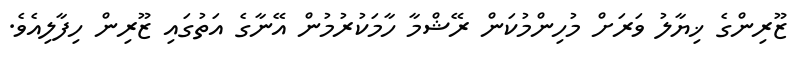
ޒޫރިންގެ ޚިޔާލު ވަރަށް މުހިންމުކަން ރޭޝްމާ ހާމަކުރުމުން އޭނާގެ އަތުގައި ޒޫރިން ހިފާލިއެވެ.